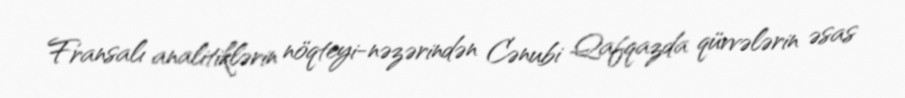
Fransalı analitiklərin nöqteyi-nəzərindən Cənubi Qafqazda qüvvələrin əsas